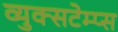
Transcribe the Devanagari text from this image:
व्युक्सटेम्प्स